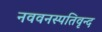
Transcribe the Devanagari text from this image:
नववनस्पतिवृन्द